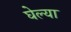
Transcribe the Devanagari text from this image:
घेल्या